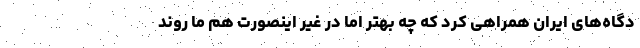
دگاه‌های ایران همراهی کرد که چه بهتر اما در غیر اینصورت هم ما روند